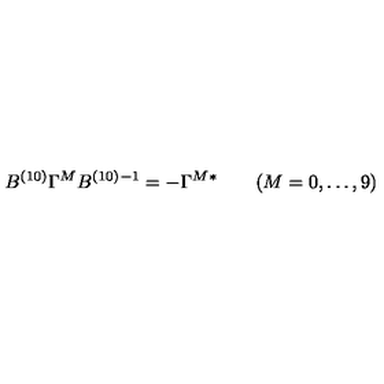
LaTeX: B ^ { ( 1 0 ) } \Gamma ^ { M } B ^ { ( 1 0 ) } { } ^ { - 1 } = - \Gamma ^ { M } { } ^ { * } \qquad ( M = 0 , \ldots , 9 )